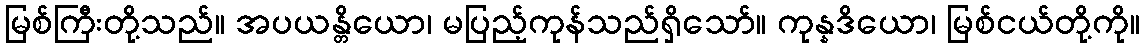
မြစ်ကြီးတို့သည်။ အပယန္တိယော၊ မပြည့်ကုန်သည်ရှိသော်။ ကုန္နဒိယော၊ မြစ်ငယ်တို့ကို။